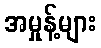
အမှုန့်များ